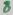
Text: 8